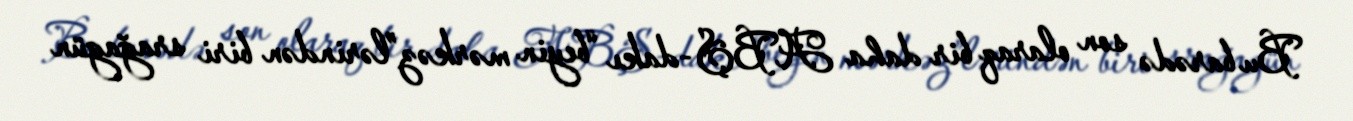
Bu barədə son olaraq bir daha ABŞ-dakı “beyin mərkəz”lərindən biri srağagün